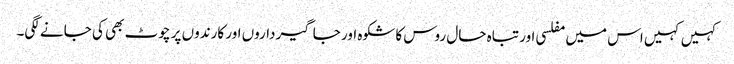
کہیں کہیں اس میں مفلسی اور تباہ حال روس کا شکوہ اور جاگیرداروں اور کارندوں پر چوٹ بھی کی جانے لگی۔